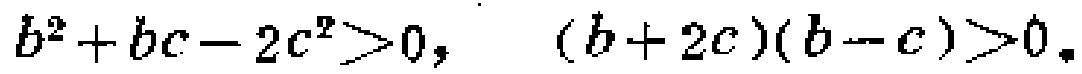
\(b^{2}+bc - 2c^{2}>0,\ \ (b + 2c)(b - c)>0\)